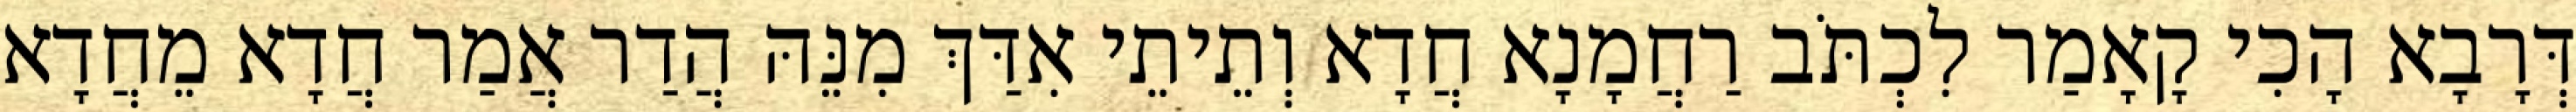
דְּרָבָא הָכִי קָאָמַר לִכְתֹּב רַחֲמָנָא חֲדָא וְתֵיתֵי אִדַּךְ מִנֵּהּ הֲדַר אֲמַר חֲדָא מֵחֲדָא